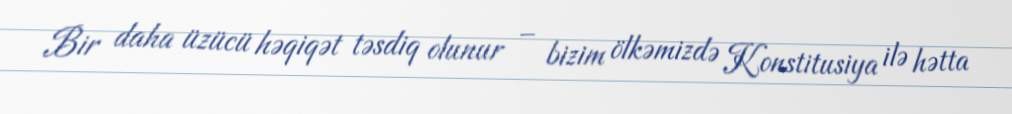
Bir daha üzücü həqiqət təsdiq olunur – bizim ölkəmizdə Konstitusiya ilə hətta